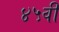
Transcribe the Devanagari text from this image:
४५वी